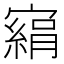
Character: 𡫂